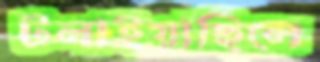
টলাইয়াছিলে